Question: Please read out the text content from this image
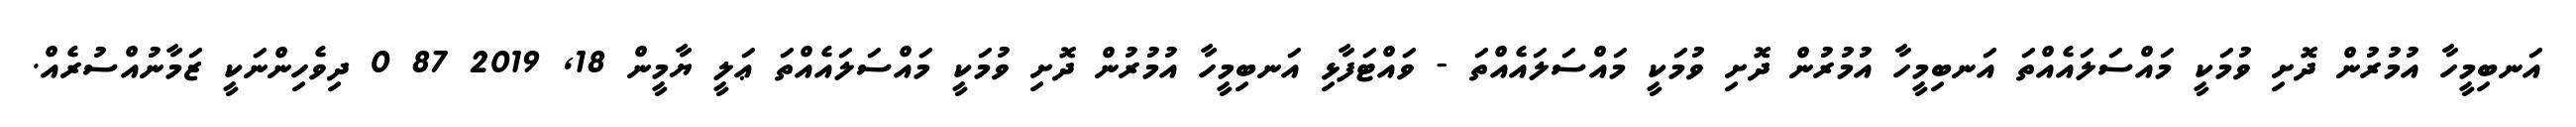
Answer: އަނބިމީހާ އުމުރުން ދޮށި ވުމަކީ މައްސަލައެއްތަ އަނބިމީހާ އުމުރުން ދޮށި ވުމަކީ މައްސަލައެއްތަ - ވައްޓަފާޅި އަނބިމީހާ އުމުރުން ދޮށި ވުމަކީ މައްސަލައެއްތަ ޢަލީ ޔާމީން 18, 2019 87 0 ދިވެހިންނަކީ ޒަމާނުއްސުރެއް.